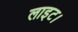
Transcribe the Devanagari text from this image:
लाइट।